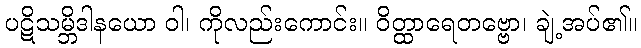
ပဋိသမ္ဘိဒါနယော ဝါ၊ ကိုလည်းကောင်း။ ဝိတ္ထာရေတဗ္ဗော၊ ချဲ့အပ်၏။